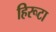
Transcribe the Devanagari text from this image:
हिरूटा